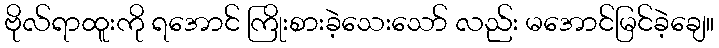
ဗိုလ်ရာထူးကို ရအောင် ကြိုးစားခဲ့သေးသော် လည်း မအောင်မြင်ခဲ့ချေ။